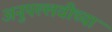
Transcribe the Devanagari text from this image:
अनुपल्लवीच्या